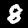
Label: 8